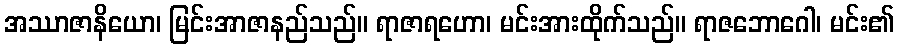
အဿာဇာနိယော၊ မြင်းအာဇာနည်သည်။ ရာဇာရဟော၊ မင်းအားထိုက်သည်။ ရာဇဘောဂေါ၊ မင်း၏